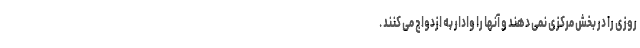
روزی را در بخش مرکزی نمی دهند و آنها را وادار به ازدواج می کنند .